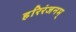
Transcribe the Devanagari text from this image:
हरिरंजनम्